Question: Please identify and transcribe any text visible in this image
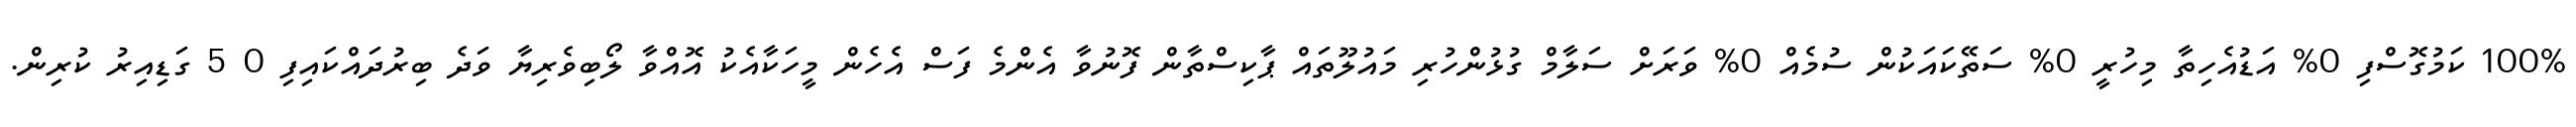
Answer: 100% ކަމުގޮސްފި 0% އަޑުއެހިތާ މިހުރީ 0% ސަތޭކައަކުން ސުމެއް 0% ވަރަށް ސަލާމް ގުޅުންހުރި މައުލޫތައް ޕާކިސްތާން ފޮނުވާ އެންމެ ފަސް އެހެން މީހަކާއެކު އޮއްވާ ލޯބިވެރިޔާ ވަދެ ބިރުދައްކައިފި 0 5 ގަޑިއިރު ކުރިން.